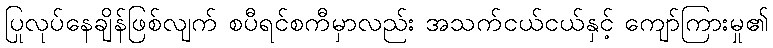
ပြုလုပ်နေချိန်ဖြစ်လျက် စပီရင်စကီမှာလည်း အသက်ငယ်ငယ်နှင့် ကျော်ကြားမှု၏